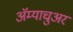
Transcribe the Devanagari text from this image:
अॅम्याचुअर